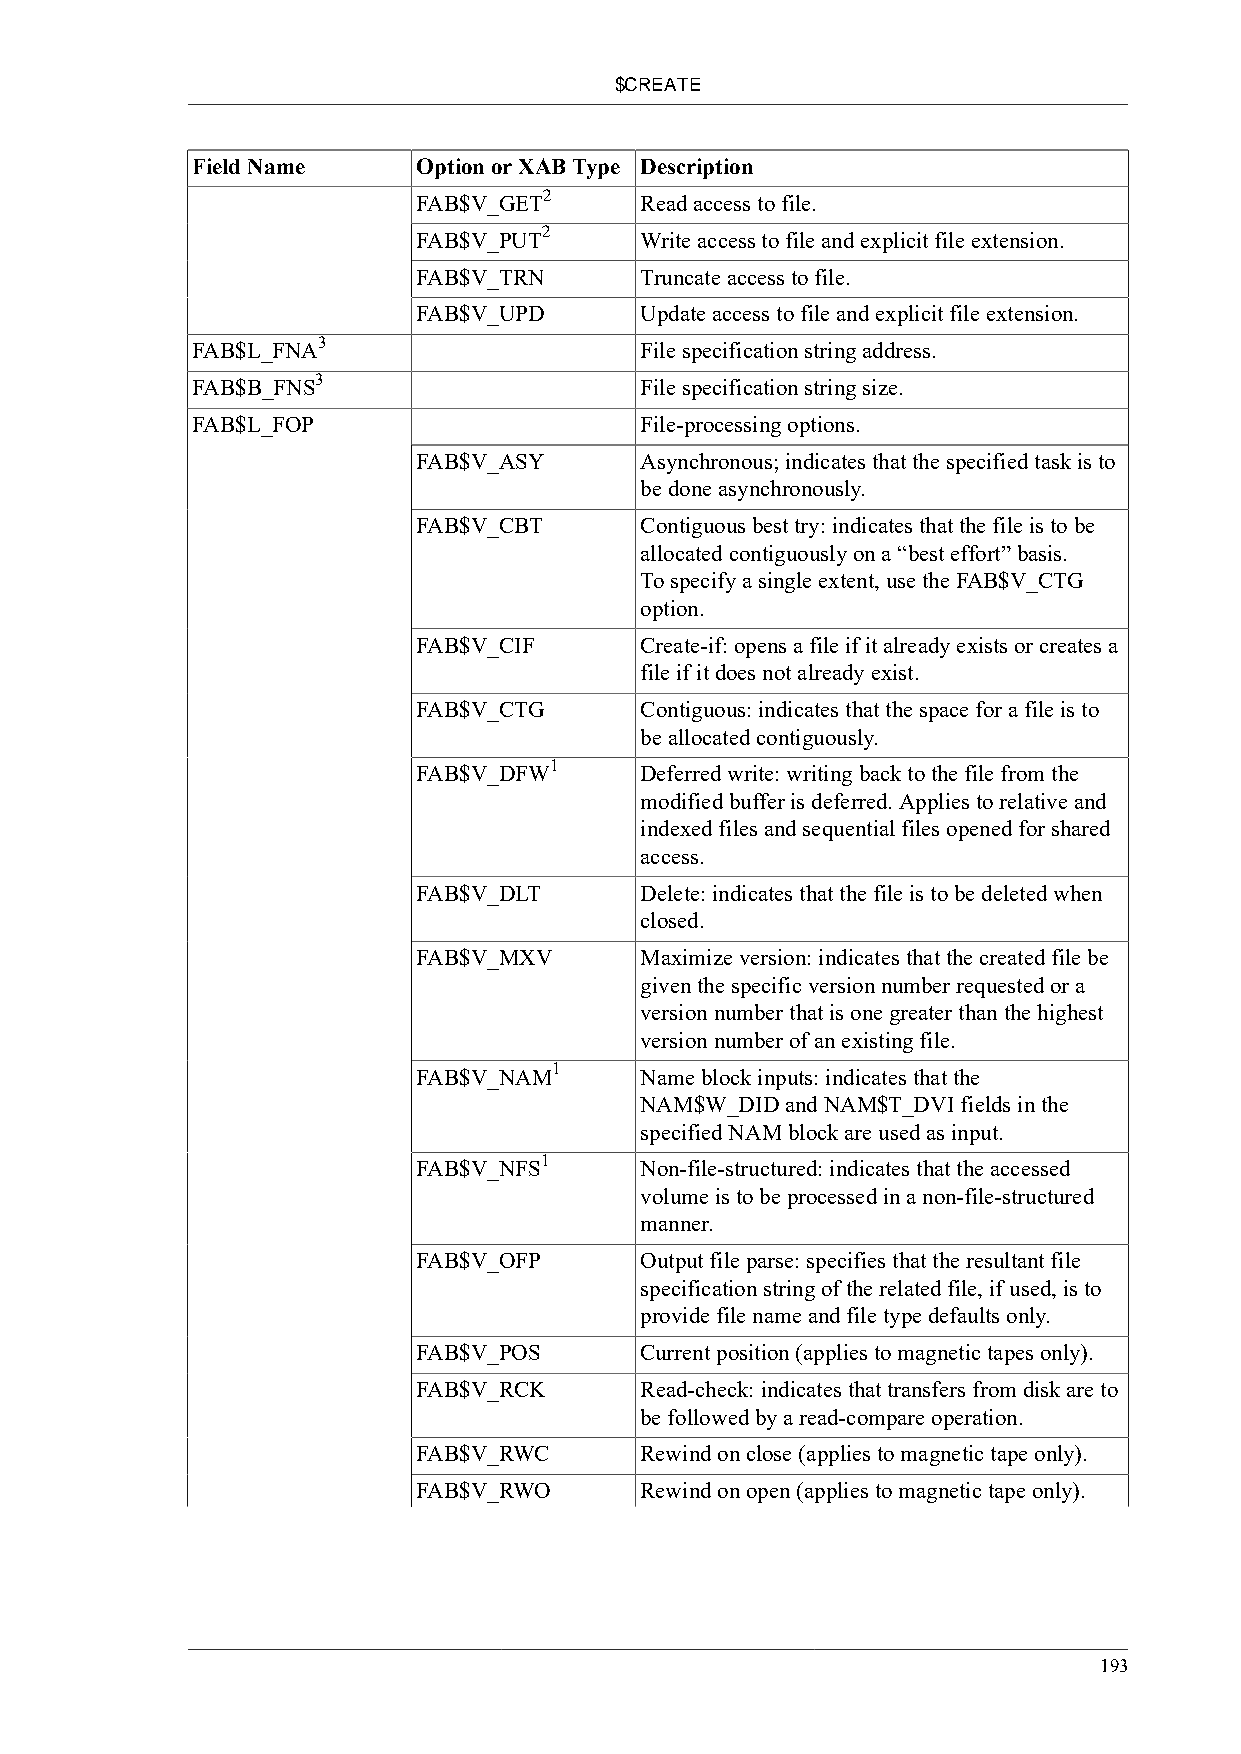
$CREATE
 Field Name     Option or XAB Type Description
 2
 FAB$V_GET     Read access to file.
 2
 FAB$V_PUT     Write access to file and explicit file extension.
 FAB$V_TRN     Truncate access to file.
 FAB$V_UPD     Update access to file and explicit file extension.
 3
 FAB$L_FNA                    File specification string address.
 3
 FAB$B_FNS                    File specification string size.
 FAB$L_FOP                    File-processing options.
 FAB$V_ASY     Asynchronous; indicates that the specified task is to
 be done asynchronously.
 FAB$V_CBT     Contiguous best try: indicates that the file is to be
 allocated contiguously on a “best effort” basis.
 To specify a single extent, use the FAB$V_CTG
 option.
 FAB$V_CIF     Create-if: opens a file if it already exists or creates a
 file if it does not already exist.
 FAB$V_CTG     Contiguous: indicates that the space for a file is to
 be allocated contiguously.
 1
 FAB$V_DFW     Deferred write: writing back to the file from the
 modified buffer is deferred. Applies to relative and
 indexed files and sequential files opened for shared
 access.
 FAB$V_DLT     Delete: indicates that the file is to be deleted when
 closed.
 FAB$V_MXV     Maximize version: indicates that the created file be
 given the specific version number requested or a
 version number that is one greater than the highest
 version number of an existing file.
 1
 FAB$V_NAM     Name block inputs: indicates that the
 NAM$W_DID and NAM$T_DVI fields in the
 specified NAM block are used as input.
 1
 FAB$V_NFS     Non-file-structured: indicates that the accessed
 volume is to be processed in a non-file-structured
 manner.
 FAB$V_OFP     Output file parse: specifies that the resultant file
 specification string of the related file, if used, is to
 provide file name and file type defaults only.
 FAB$V_POS     Current position (applies to magnetic tapes only).
 FAB$V_RCK     Read-check: indicates that transfers from disk are to
 be followed by a read-compare operation.
 FAB$V_RWC     Rewind on close (applies to magnetic tape only).
 FAB$V_RWO     Rewind on open (applies to magnetic tape only).
 193